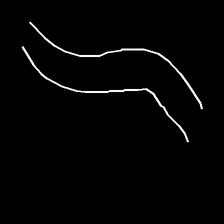
Glyph: float